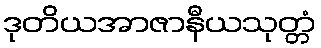
ဒုတိယအာဇာနီယသုတ္တံ